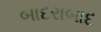
બાદરાબાદ